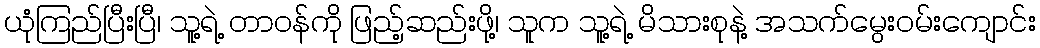
ယုံကြည်ပြီးပြီ၊ သူ့ရဲ့ တာဝန်ကို ဖြည့်ဆည်းဖို့၊ သူက သူ့ရဲ့ မိသားစုနဲ့ အသက်မွေးဝမ်းကျောင်း